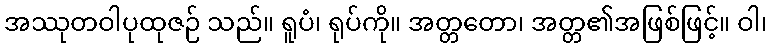
အဿုတဝါပုထုဇဉ် သည်။ ရူပံ၊ ရုပ်ကို။ အတ္တတော၊ အတ္တ၏အဖြစ်ဖြင့်။ ဝါ၊